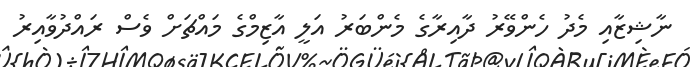
ނާޝިޒާއި މެދު ހެންވޭރު ދާއިރާގެ މެންބަރު އަލީ އާޒިމްގެ މައްޗަށް ވެސް ރައްދުވާއިރު